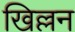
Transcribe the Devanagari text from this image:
खिल्लन